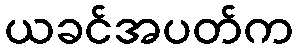
ယခင်အပတ်က